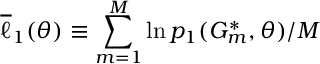
\overline { { \ell } } _ { 1 } ( \theta ) \equiv \sum _ { m = 1 } ^ { M } \ln p _ { 1 } ( G _ { m } ^ { * } , \theta ) / M